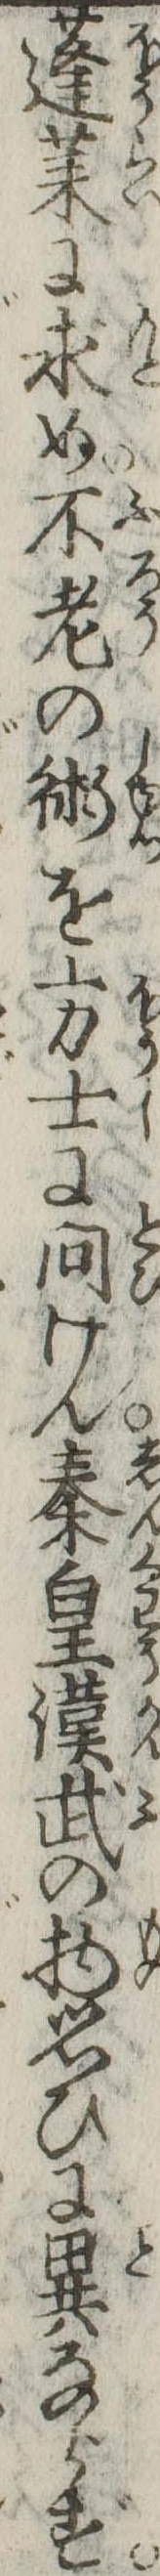
蓬莱に求め不老の術を方士に問けん秦皇漢武の物思ひに異ならず